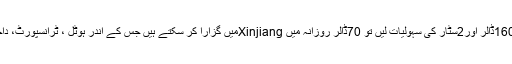
اگر آپ 4سٹار کی سہولیات لیں تو160ڈالر اور2سٹار کی سہولیات لیں تو 70ڈالر روزانہ میں Xinjiangمیں گزارا کر سکتے ہیں جس کے اندر ہوٹل ، ٹرانسپورٹ، داخلہ فیس، کھانا اور گائیڈ شامل ہے۔